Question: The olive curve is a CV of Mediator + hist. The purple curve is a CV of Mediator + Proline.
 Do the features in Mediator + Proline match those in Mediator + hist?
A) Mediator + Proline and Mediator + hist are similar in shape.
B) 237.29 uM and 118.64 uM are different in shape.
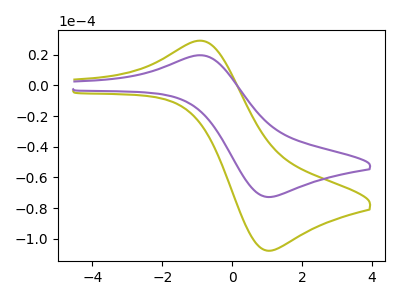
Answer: <think>The olive curve "Mediator + hist" has an anodic peak at (-0.85V, 29.10uA) and a cathodic peak at (1.05V, -107.90uA). The purple curve "Mediator + Proline" has an anodic peak at (-0.85V, 19.65uA) and a cathodic peak at (1.05V, -72.85uA).
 All the peaks in "Mediator + Proline" have a peak in "Mediator + hist" at the same potential. Every peak in "Mediator + Proline" is lower than every peak in "Mediator + hist".</think>
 <answer>A) "Mediator + Proline" and "Mediator + hist" are similar in shape.</answer>
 <eval>A</eval>